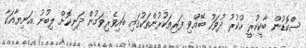
ސްކޮޑުން ބާކީކުރީ ހުކުރު ދުވަހު ބޭއްވި ފަރިތަކުރުންތަކުގައި ބައިވެރިވަމުން ދަނިކޮށް ލިބުނު އަނިޔާއަކާ